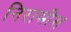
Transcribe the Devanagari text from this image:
निरामीस